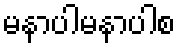
မနာပါမနာပါစ